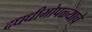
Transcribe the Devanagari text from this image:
दधधीभोपळ्याचे